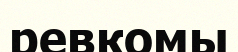
ревкомы